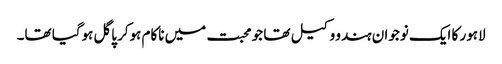
لاہور کا ایک نوجوان ہندو وکیل تھا جو محبت میں ناکام ہوکر پاگل ہوگیا تھا۔